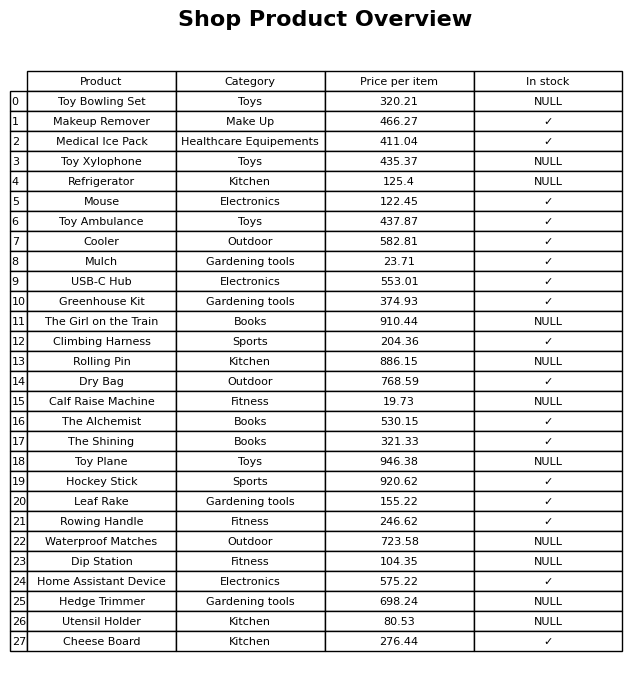
question: Is the Calf Raise Machine in stock?
answer: NULL